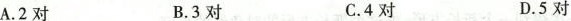
A.2对 B.3对 C.4对 D.5对